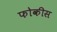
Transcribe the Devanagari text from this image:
फोकीस